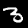
Digit: 3